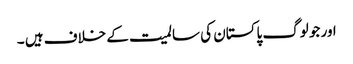
اور جو لوگ پاکستان کی سالمیت کے خلاف ہیں ۔